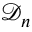
\mathcal { D } _ { n }